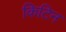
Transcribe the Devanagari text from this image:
किटिन